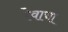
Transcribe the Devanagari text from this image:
रेवाचा